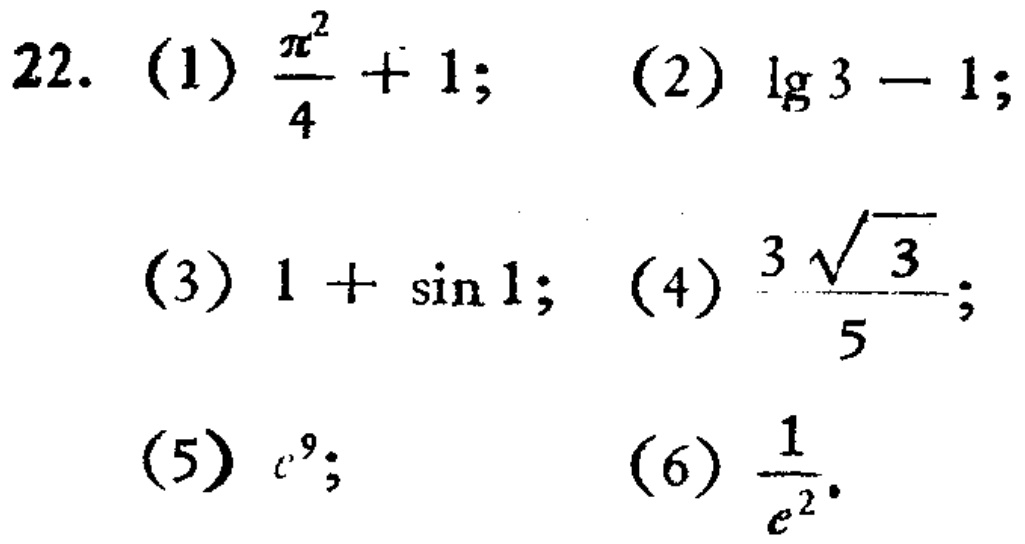
22. (1) $\frac{\pi^{2}}{4}+1$; (2) $\lg 3 - 1$;
(3) $1+\sin 1$; (4) $\frac{3\sqrt{3}}{5}$;
(5) $e^{9}$; (6) $\frac{1}{e^{2}}$.